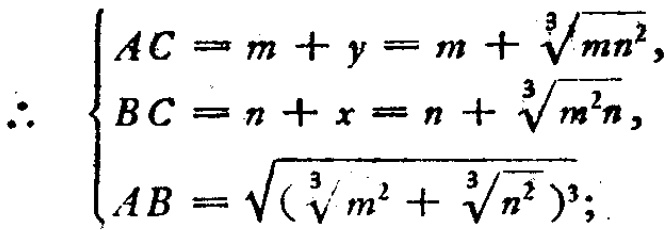
\[\therefore \begin{cases}
AC = m + y = m+\sqrt[3]{mn^{2}},\\
BC = n + x = n+\sqrt[3]{m^{2}n},\\
AB=\sqrt{(\sqrt[3]{m^{2}}+\sqrt[3]{n^{2}})^{3}};
\end{cases}\]